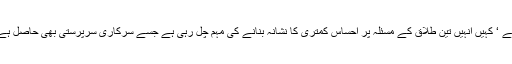
کہیں مسلمانوں کو گئو رکھشا کے نام پر نشانہ بنایا جا رہا ہے ‘ کہیں انہیں تین طلاق کے مسئلہ پر احساس کمتری کا نشانہ بنانے کی مہم چل رہی ہے جسے سرکاری سرپرستی بھی حاصل ہے تو کہیں ایسے مسائل کو ہوا دی جا رہی ہے جو نزاعی ہیں۔